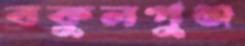
বকুলপুঞ্জ